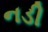
નડી